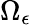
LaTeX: \Omega_{\epsilon}